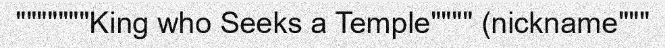
"""""""King who Seeks a Temple"""" (nickname"""